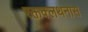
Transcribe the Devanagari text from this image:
रक्तक्लथनास